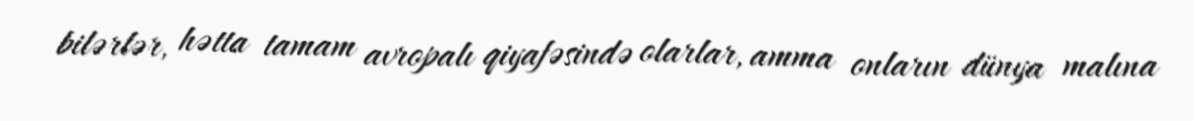
bilərlər, hətta tamam avropalı qiyafəsində olarlar, amma onların dünya malına